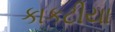
કાકટીયા